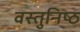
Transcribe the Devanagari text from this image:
वस्‍तुनिष्‍ठ